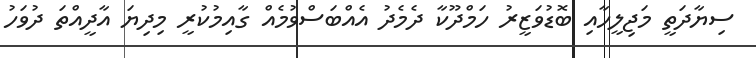
ސިޔާދަތީ މަޖިލީހާއި ބޮޑުވަޒީރު ހަމްދޫކާ ދެމެދު އެއްބަސްވުމެއް ގާއިމުކުރީ މިދިޔަ އާދީއްތަ ދުވަހު